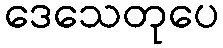
ဒေသေတုပေ